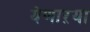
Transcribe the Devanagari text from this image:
येणाऱया